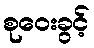
စုဝေးခွင့်